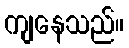
ကျနေသည်။